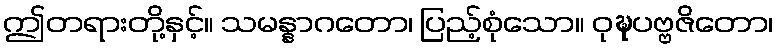
ဤတရားတို့နှင့်။ သမန္နာဂတော၊ ပြည့်စုံသော။ ဝုဍ္ဎပဗ္ဗဇိတော၊